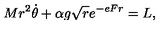
M r ^ { 2 } \dot { \theta } + \alpha g { \sqrt r } e ^ { - e F r } = L ,